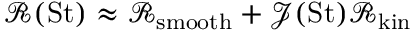
\mathscr { R } ( { \mathrm { S t } } ) \approx \mathscr { R } _ { \mathrm { s m o o t h } } + \mathscr { J } ( \mathrm { S t } ) \mathscr { R } _ { \mathrm { k i n } }